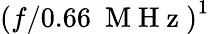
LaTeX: \left({f/0.66~\mathrm{~M~H~z~}}\right)^{1}